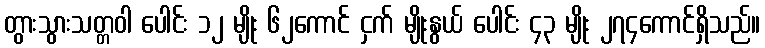
တွားသွားသတ္တဝါ ပေါင်း ၁၂ မျိုး ၆၂ကောင် ငှက် မျိုးနွယ် ပေါင်း ၄၃ မျိုး ၂၇၄ကောင်ရှိသည်။